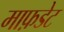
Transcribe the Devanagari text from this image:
माफ़डेट